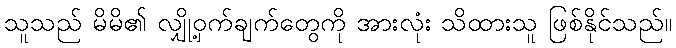
သူသည် မိမိ၏ လျှို့ဝှက်ချက်တွေကို အားလုံး သိထားသူ ဖြစ်နိုင်သည်။